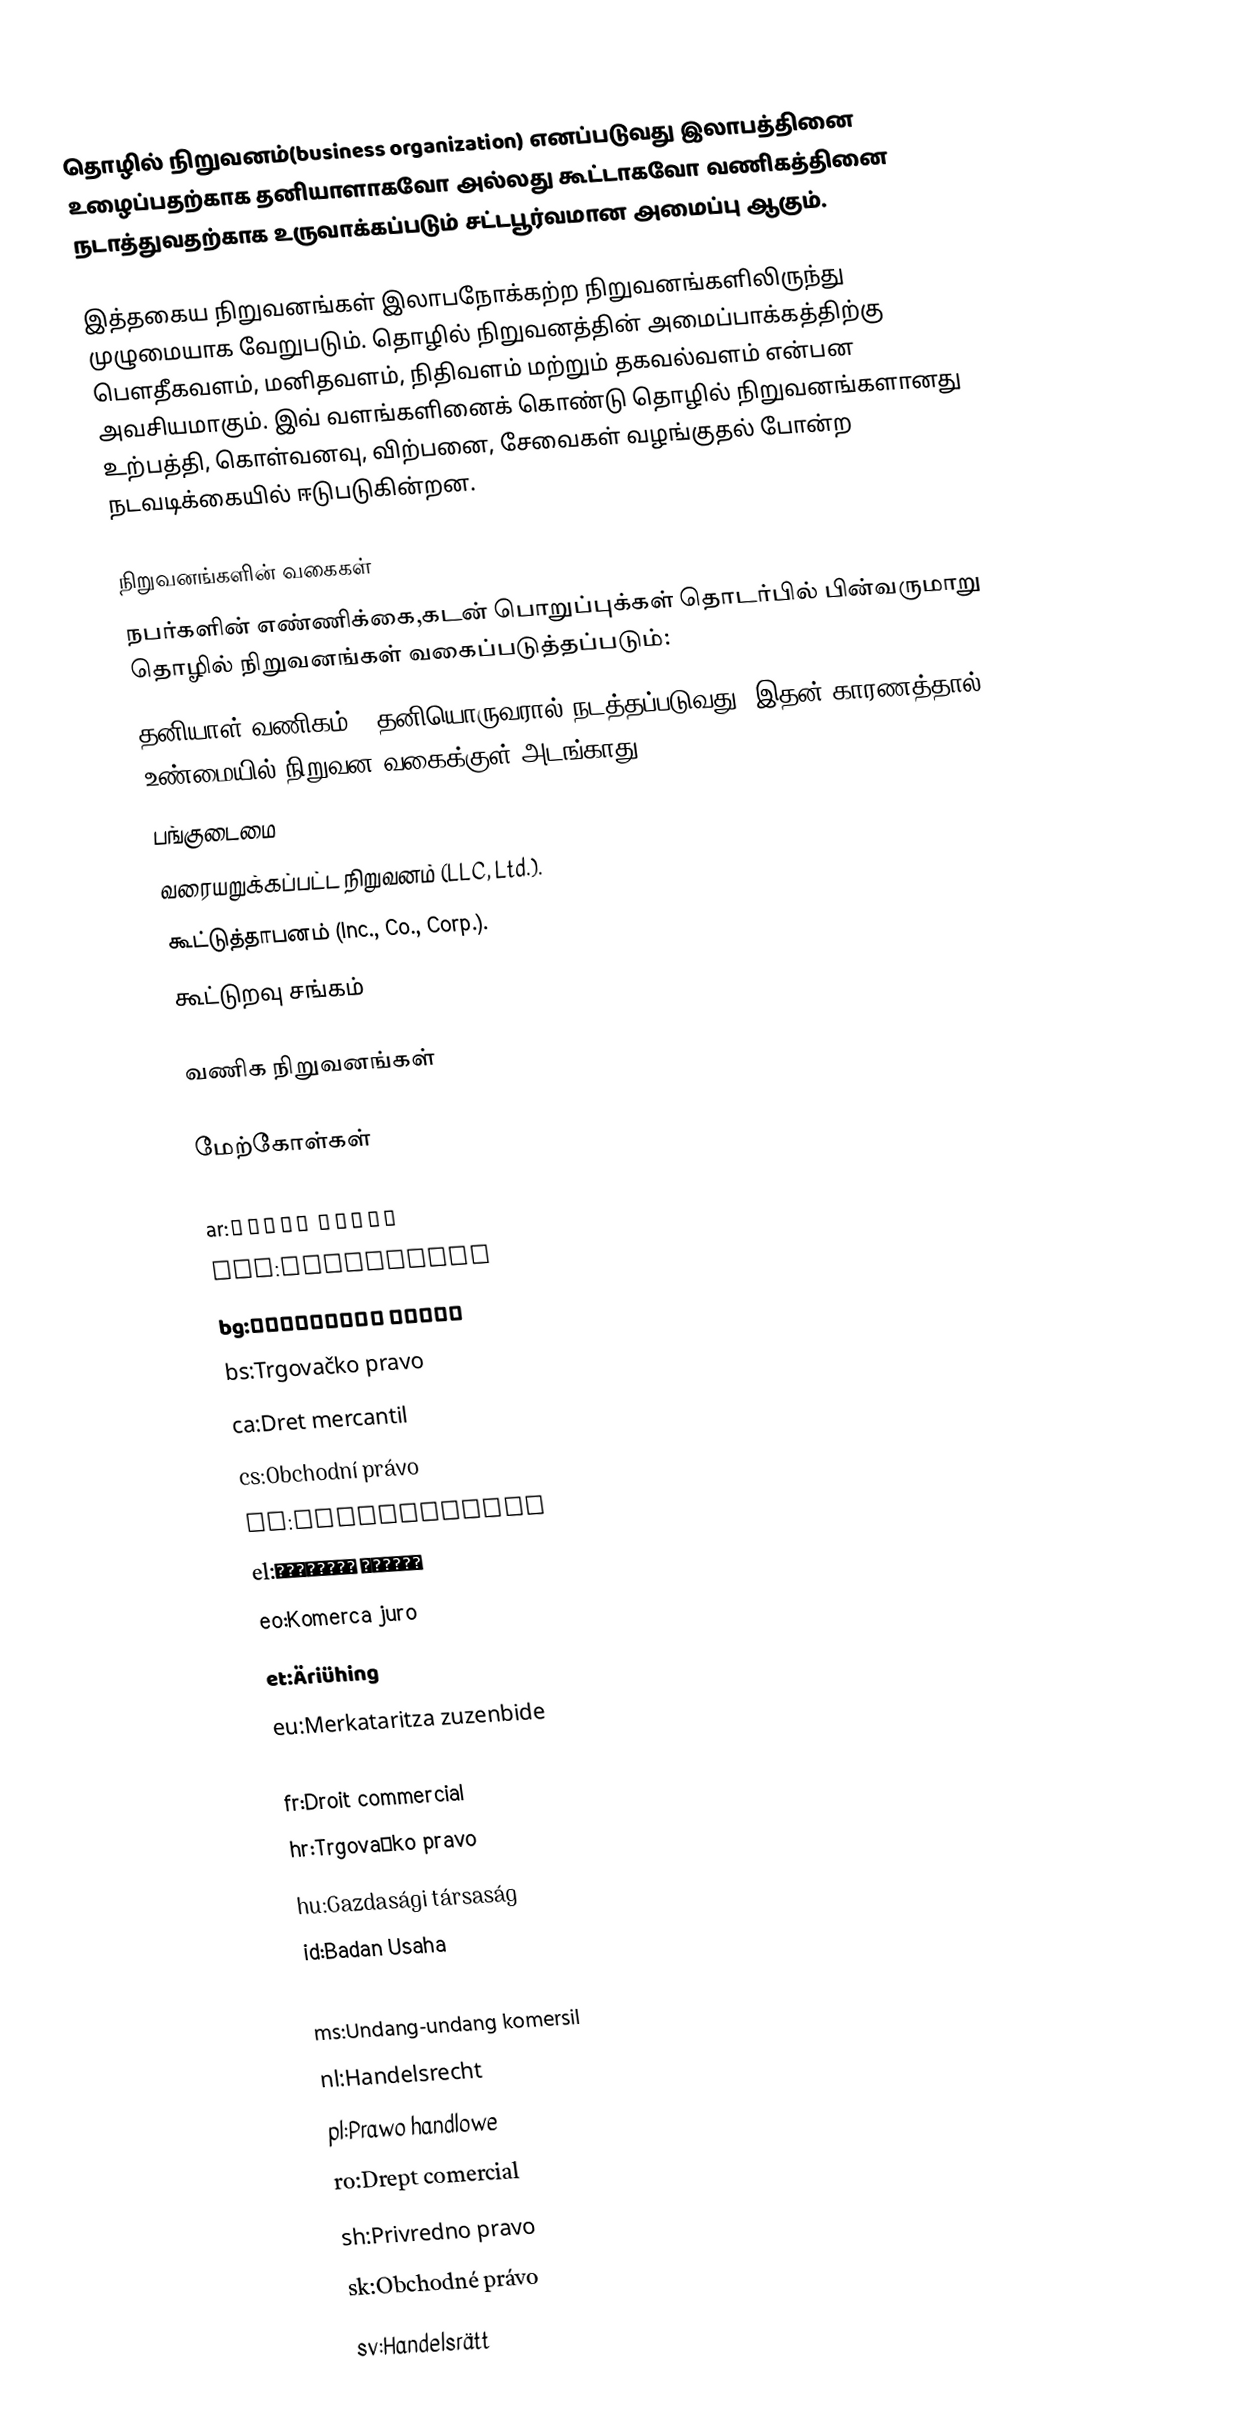
தொழில் நிறுவனம்(business organization) எனப்படுவது இலாபத்தினை உழைப்பதற்காக தனியாளாகவோ அல்லது கூட்டாகவோ வணிகத்தினை நடாத்துவதற்காக உருவாக்கப்படும் சட்டபூர்வமான அமைப்பு ஆகும்.

இத்தகைய நிறுவனங்கள் இலாபநோக்கற்ற நிறுவனங்களிலிருந்து முழுமையாக வேறுபடும். தொழில் நிறுவனத்தின் அமைப்பாக்கத்திற்கு பௌதீகவளம், மனிதவளம், நிதிவளம் மற்றும் தகவல்வளம் என்பன அவசியமாகும். இவ் வளங்களினைக் கொண்டு தொழில் நிறுவனங்களானது உற்பத்தி, கொள்வனவு, விற்பனை, சேவைகள் வழங்குதல் போன்ற நடவடிக்கையில் ஈடுபடுகின்றன.

நிறுவனங்களின் வகைகள்
நபர்களின் எண்ணிக்கை,கடன் பொறுப்புக்கள் தொடர்பில் பின்வருமாறு தொழில் நிறுவனங்கள் வகைப்படுத்தப்படும்:
தனியாள் வணிகம் - தனியொருவரால் நடத்தப்படுவது. இதன் காரணத்தால் உண்மையில் நிறுவன வகைக்குள் அடங்காது.
பங்குடைமை
வரையறுக்கப்பட்ட நிறுவனம் (LLC, Ltd.).
கூட்டுத்தாபனம் (Inc., Co., Corp.).
கூட்டுறவு சங்கம்

வணிக நிறுவனங்கள்

மேற்கோள்கள்

ar:قانون تجاري
bar:Rechtsform
bg:Търговско право
bs:Trgovačko pravo
ca:Dret mercantil
cs:Obchodní právo
da:Erhvervsjura
el:Εμπορικό Δίκαιο
eo:Komerca juro
et:Äriühing
eu:Merkataritza zuzenbide
fa:حقوق تجارت
fr:Droit commercial
hr:Trgovačko pravo
hu:Gazdasági társaság
id:Badan Usaha
ko:상법
ms:Undang-undang komersil
nl:Handelsrecht
pl:Prawo handlowe
ro:Drept comercial
sh:Privredno pravo
sk:Obchodné právo
sv:Handelsrätt